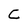
Character: C